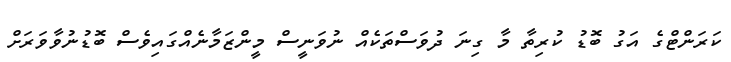
ކަރަންޓްގެ އަގު ބޮޑު ކުރިތާ މާ ގިނަ ދުވަސްތަކެއް ނުވަނީސް މީންޒަމާނެއްގައިވެސް ބޮޑުނުވާވަރަށް